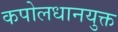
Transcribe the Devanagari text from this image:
कपोलधानयुक्त